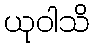
ယုဝါသိ